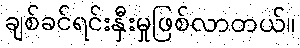
ချစ်ခင်ရင်းနှီးမှုဖြစ်လာတယ်။